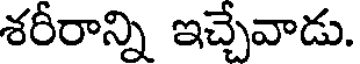
శరీరాన్ని ఇచ్చేవాడు.